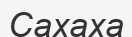
Сахаха